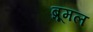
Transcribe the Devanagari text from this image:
ब्रूमल